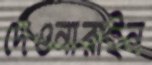
দেওনারাইন